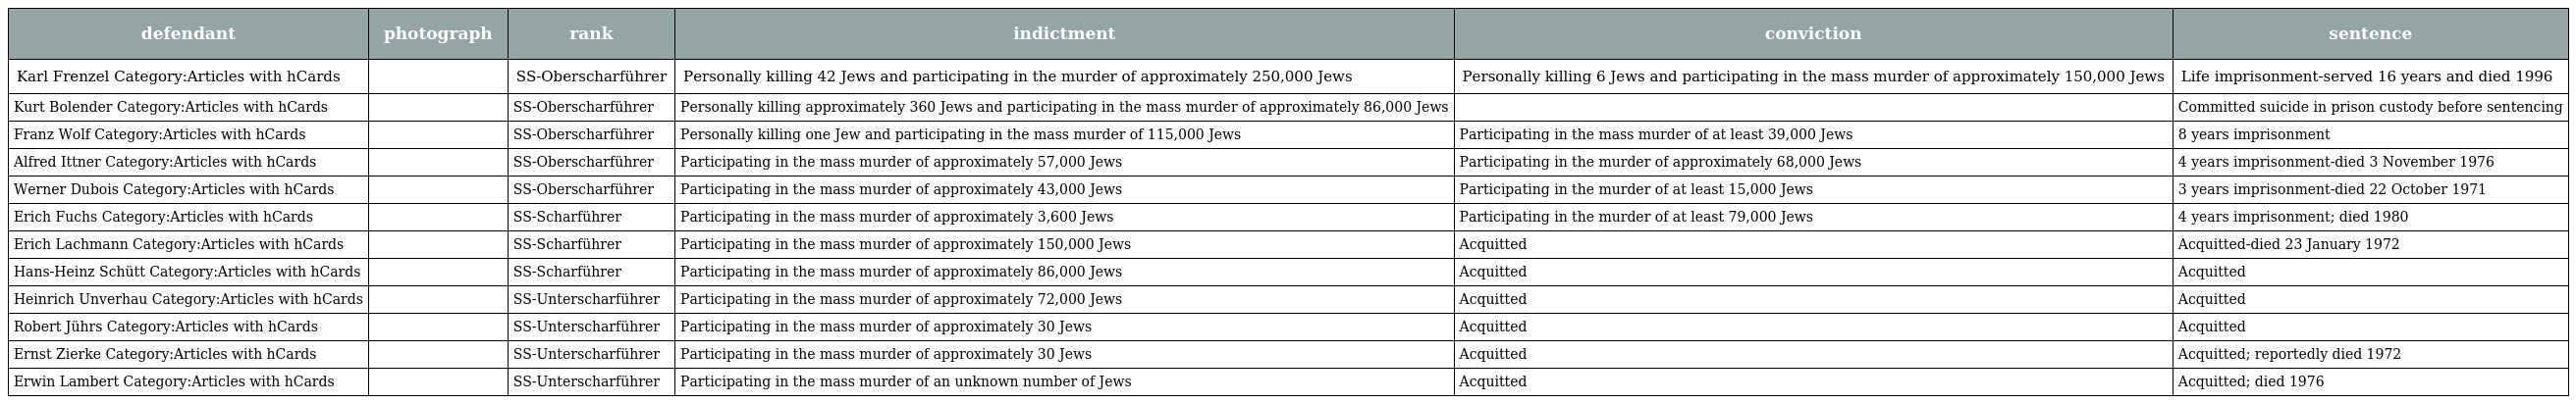
| defendant | photograph | rank | indictment | conviction | sentence |
 | --- | --- | --- | --- | --- | --- |
 | Karl Frenzel Category:Articles with hCards |  | SS-Oberscharführer | Personally killing 42 Jews and participating in the murder of approximately 250,000 Jews | Personally killing 6 Jews and participating in the mass murder of approximately 150,000 Jews | Life imprisonment-served 16 years and died 1996 |
 | Kurt Bolender Category:Articles with hCards |  | SS-Oberscharführer | Personally killing approximately 360 Jews and participating in the mass murder of approximately 86,000 Jews |  | Committed suicide in prison custody before sentencing |
 | Franz Wolf Category:Articles with hCards |  | SS-Oberscharführer | Personally killing one Jew and participating in the mass murder of 115,000 Jews | Participating in the mass murder of at least 39,000 Jews | 8 years imprisonment |
 | Alfred Ittner Category:Articles with hCards |  | SS-Oberscharführer | Participating in the mass murder of approximately 57,000 Jews | Participating in the murder of approximately 68,000 Jews | 4 years imprisonment-died 3 November 1976 |
 | Werner Dubois Category:Articles with hCards |  | SS-Oberscharführer | Participating in the mass murder of approximately 43,000 Jews | Participating in the murder of at least 15,000 Jews | 3 years imprisonment-died 22 October 1971 |
 | Erich Fuchs Category:Articles with hCards |  | SS-Scharführer | Participating in the mass murder of approximately 3,600 Jews | Participating in the murder of at least 79,000 Jews | 4 years imprisonment; died 1980 |
 | Erich Lachmann Category:Articles with hCards |  | SS-Scharführer | Participating in the mass murder of approximately 150,000 Jews | Acquitted | Acquitted-died 23 January 1972 |
 | Hans-Heinz Schütt Category:Articles with hCards |  | SS-Scharführer | Participating in the mass murder of approximately 86,000 Jews | Acquitted | Acquitted |
 | Heinrich Unverhau Category:Articles with hCards |  | SS-Unterscharführer | Participating in the mass murder of approximately 72,000 Jews | Acquitted | Acquitted |
 | Robert Jührs Category:Articles with hCards |  | SS-Unterscharführer | Participating in the mass murder of approximately 30 Jews | Acquitted | Acquitted |
 | Ernst Zierke Category:Articles with hCards |  | SS-Unterscharführer | Participating in the mass murder of approximately 30 Jews | Acquitted | Acquitted; reportedly died 1972 |
 | Erwin Lambert Category:Articles with hCards |  | SS-Unterscharführer | Participating in the mass murder of an unknown number of Jews | Acquitted | Acquitted; died 1976 |